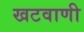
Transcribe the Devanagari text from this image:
खटवाणी